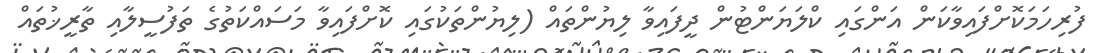
ފުރިހަމަކޮށްފައިވާކަން އަންގައި ކްލަޔަންޓުން ދީފައިވާ ލިޔުންތައް (ލިޔުންތަކުގައި ކޮށްފައިވާ މަސައްކަތުގެ ތަފުސީލާއި ތާރީޚުތައް